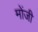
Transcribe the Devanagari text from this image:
मोंजी